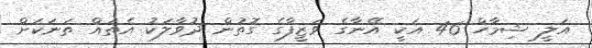
އަލީ ޝިމާހް 46 އަކީ އޭނާގެ ވަޒީފާގެ ގޮތުން ދުވާލަކު އެތައް ތަނަކަށް